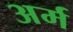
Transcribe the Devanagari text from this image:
अर्म